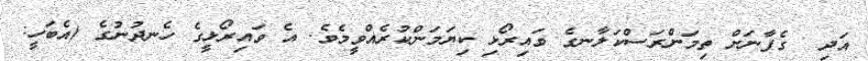
އަދި  ގެފާނަށް ތިމަންރަސްކަލާނގެ ވައިރޯޅި ކިޔަމަންކުރެއްވީމެވެ. އެ ވައިރޯޅީގެ ހެނދުނުގެ (އެބަހީ: